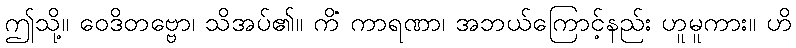
ဤသို့။ ဝေဒိတဗ္ဗော၊ သိအပ်၏။ ကိံ ကာရဏာ၊ အဘယ်ကြောင့်နည်း ဟူမူကား။ ဟိ